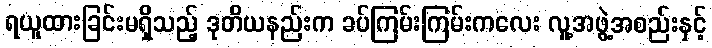
ရယူထားခြင်းမရှိသည့် ဒုတိယနည်းက ခပ်ကြမ်းကြမ်းကလေး လူ့အဖွဲ့အစည်းနှင့်